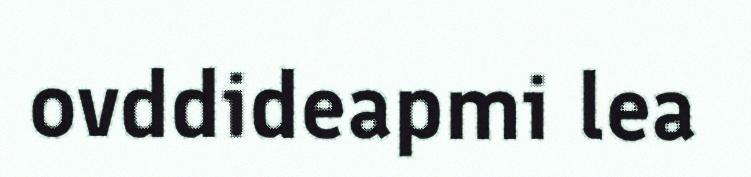
ovddideapmi lea